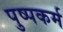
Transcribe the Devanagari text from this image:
पुष्पकर्म